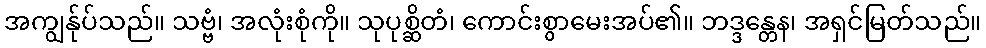
အကျွန်ုပ်သည်။ သဗ္ဗံ၊ အလုံးစုံကို။ သုပုစ္ဆိတံ၊ ကောင်းစွာမေးအပ်၏။ ဘဒ္ဒန္တေန၊ အရှင်မြတ်သည်။